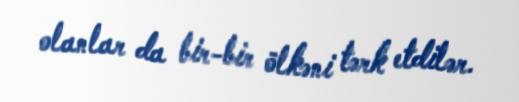
olanlar da bir-bir ölkəni tərk etdilər.